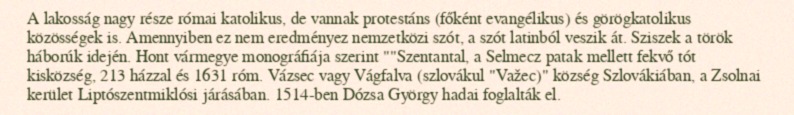
A lakosság nagy része római katolikus, de vannak protestáns (főként evangélikus) és görögkatolikus közösségek is. Amennyiben ez nem eredményez nemzetközi szót, a szót latinból veszik át. Sziszek a török háborúk idején. Hont vármegye monográfiája szerint ""Szentantal, a Selmecz patak mellett fekvő tót kisközség, 213 házzal és 1631 róm. Vázsec vagy Vágfalva (szlovákul "Važec)" község Szlovákiában, a Zsolnai kerület Liptószentmiklósi járásában. 1514-ben Dózsa György hadai foglalták el.